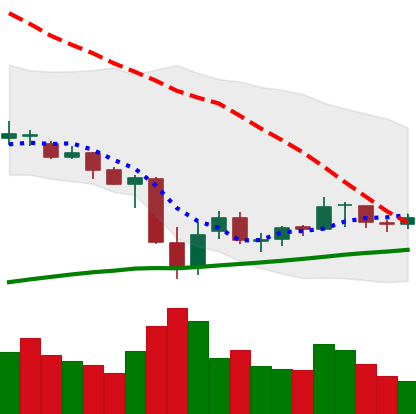
Ticker: XRP-USD
Chart end date: 2021-07-03
Forward return: -7.405%
Label: down_7plus